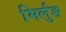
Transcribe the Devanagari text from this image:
मिर्लुङ